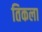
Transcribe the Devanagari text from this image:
तिकला